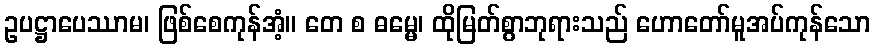
ဥပဋ္ဌာပေဿာမ၊ ဖြစ်စေကုန်အံ့။ တေ စ ဓမ္မေ၊ ထိုမြတ်စွာဘုရားသည် ဟောတော်မူအပ်ကုန်သော